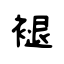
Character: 褪